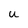
Character: u